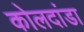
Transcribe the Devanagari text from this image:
कोलदांडा